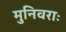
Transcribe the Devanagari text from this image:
मुनिवराः